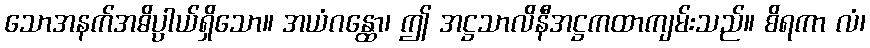
သောအနက်အဓိပ္ပါယ်ရှိသော။ အယံဂန္ထော၊ ဤ အဋ္ဌသာလိနီအဋ္ဌကထာကျမ်းသည်။ စိရကာ လံ၊